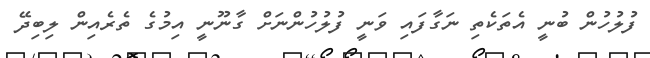
ފުލުހުން ބުނީ އެތަކެތި ނަގާފައި ވަނީ ފުލުހުންނަށް ގާނޫނީ އިމުގެ ތެރެއިން ލިބިދޭ